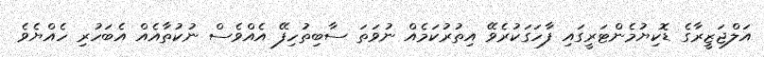
އަލްޖަޒީރާގެ ޑޮކިޔުމެންޓަރީގައި ފާހަގަކުރެވޭ އިތުރުކަމެއް ނުވަތަ ސާބިތުހިފޭ އެއްވެސް ނުކުތާއެއް އެބަހުރި ހެއްޔެވެ